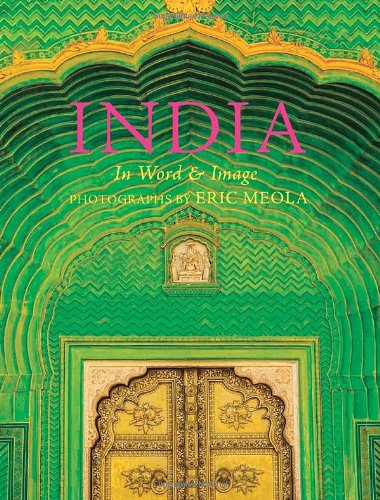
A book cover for India: In Word and Image, Revised, Expanded and Updated; Arts & Photography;